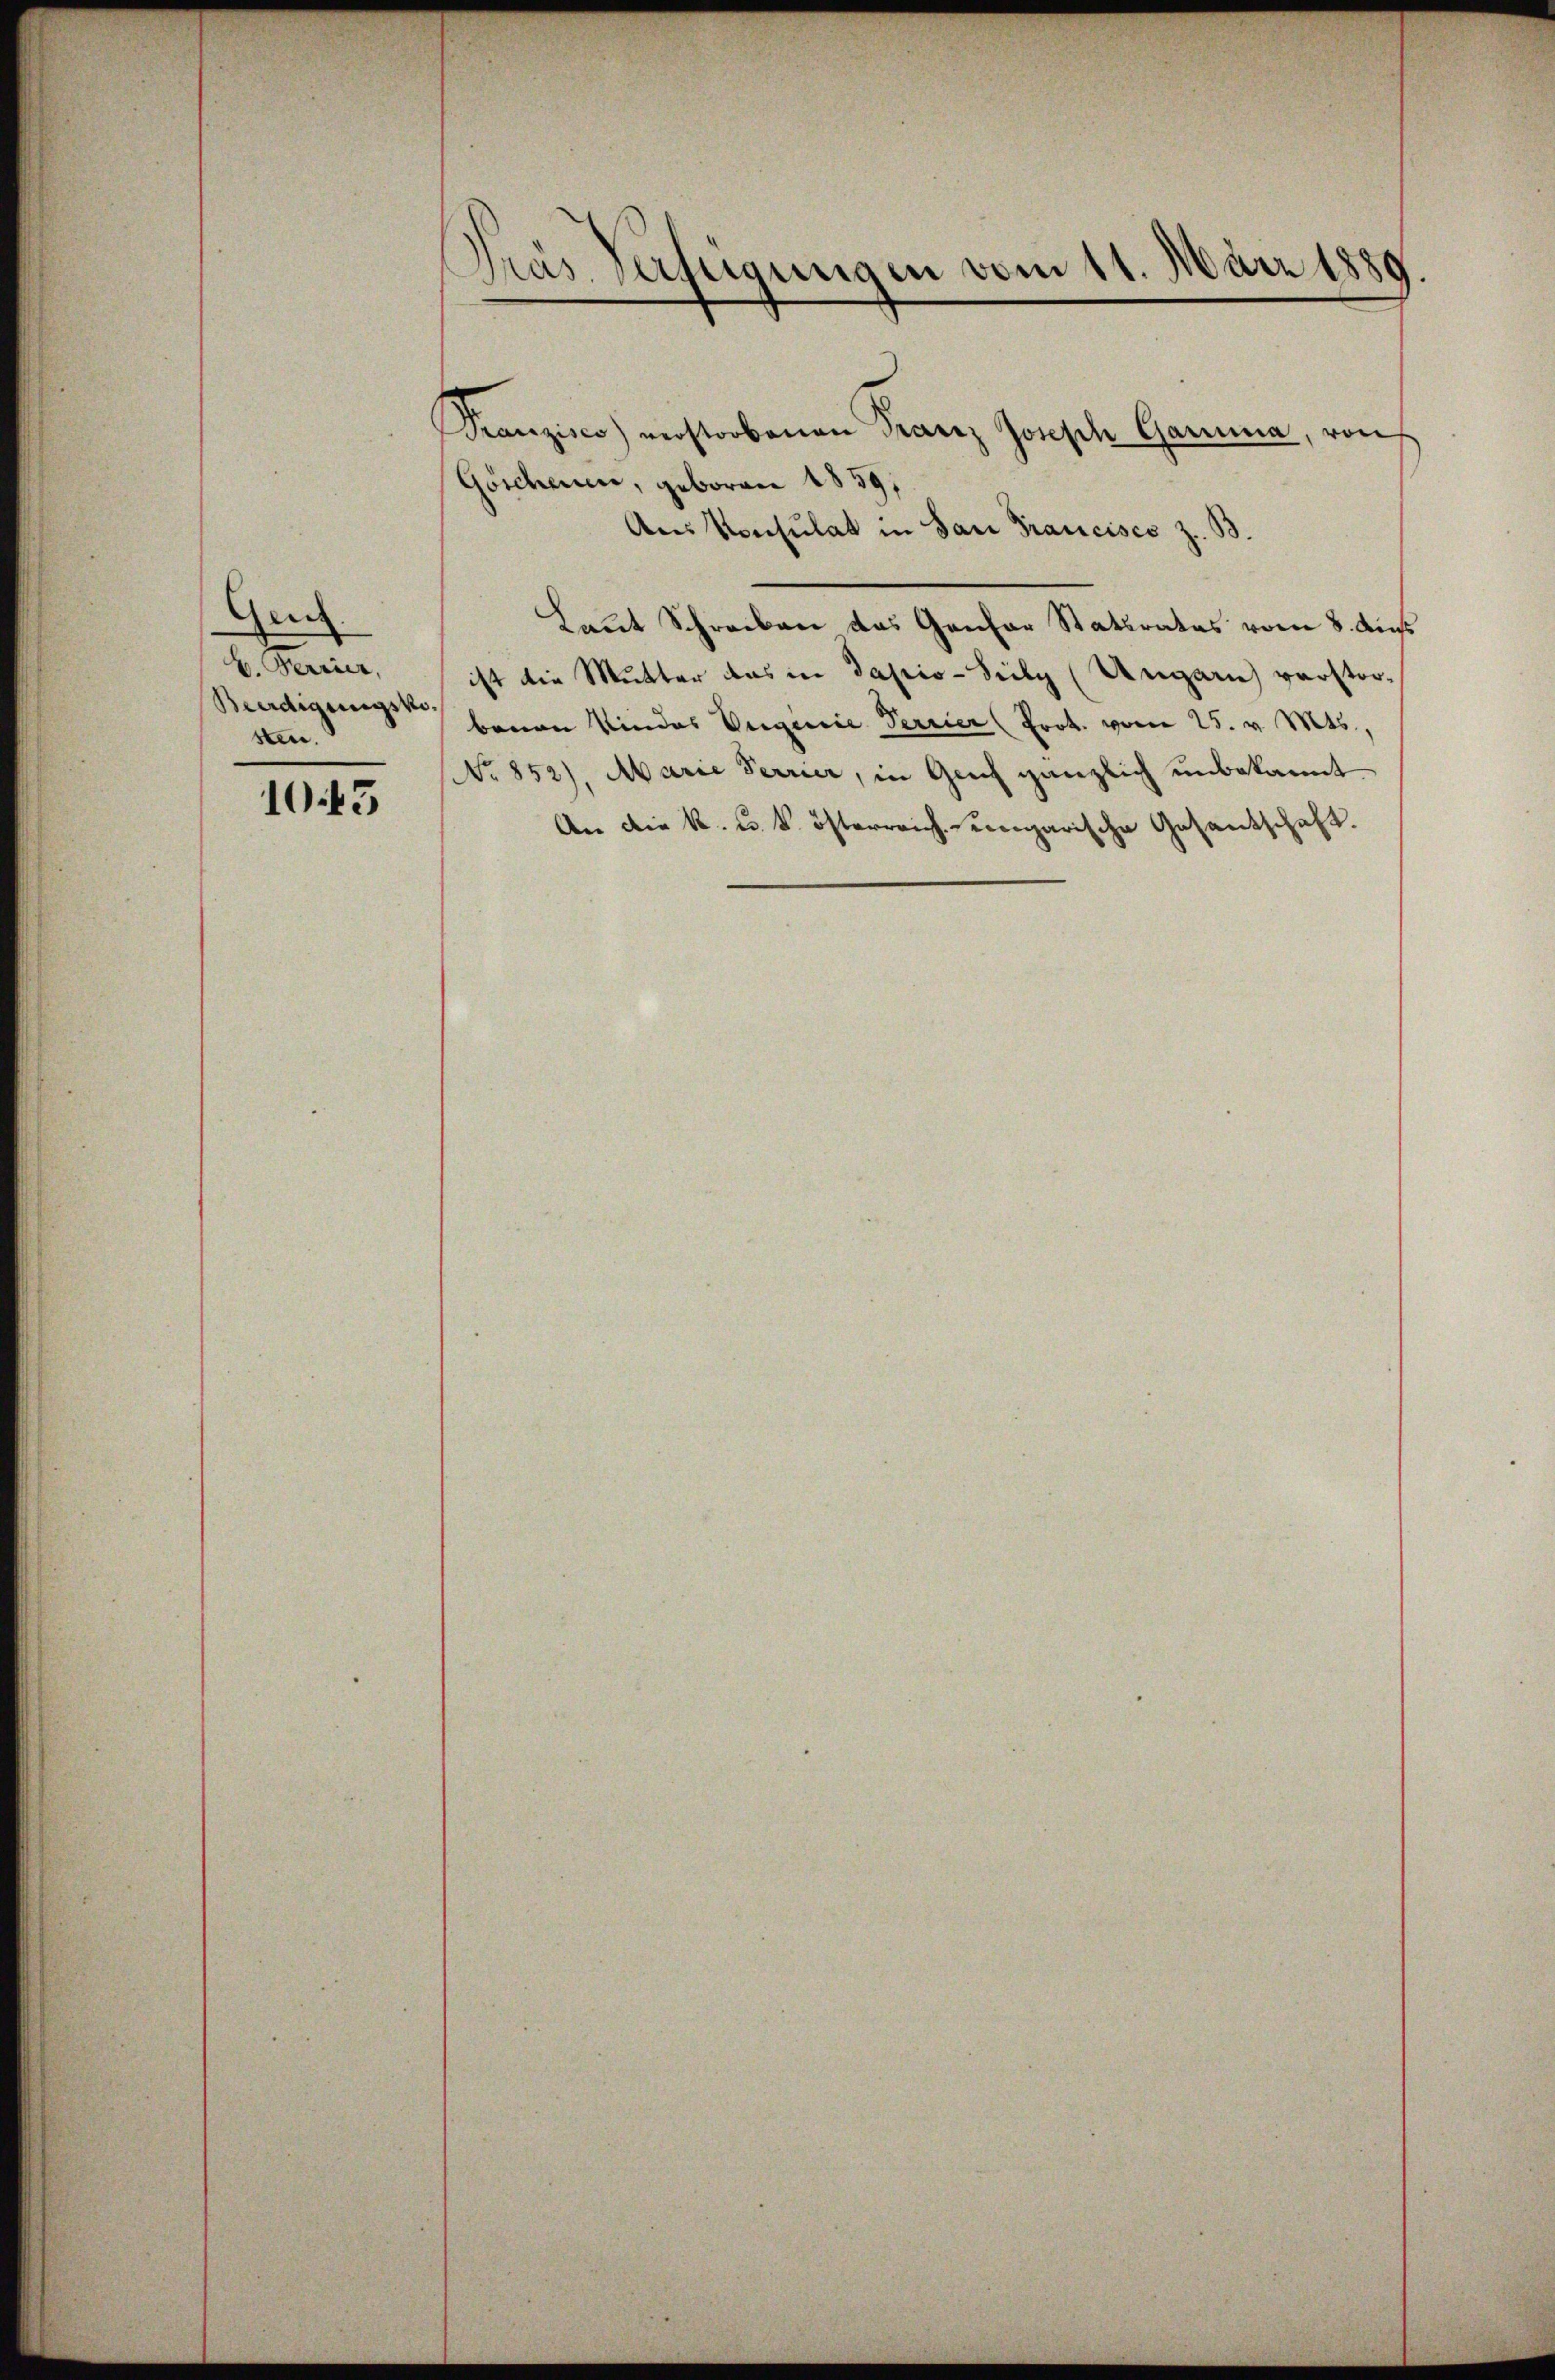
Gen
b. Ferier,
sten.

1045

Fras Verfügungen vom 11. März 1889.

Franzisco) verstorbenen Franz Joseph Gara, von
Göschenen, geboren 1859,
Aus Konsulat in San Francisco z. B.
Laut Schreiben das Gantar Staturates vom 8. Aus
ist die Mutter das in Tapio-Sely (Ungarn) verstor¬
Beerdigungen herau Kindes Euginie Terrier (Prot. vom 25. v. Mts.,
No 852), Marie Perrier, in Genf gänzlich unbekannt
An die k. u. k. österreich engarische Gesantschaft.